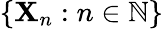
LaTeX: \{ \mathbf{X}_{n}:n\in\mathbb{{N}}\}